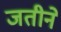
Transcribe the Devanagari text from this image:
जतीने